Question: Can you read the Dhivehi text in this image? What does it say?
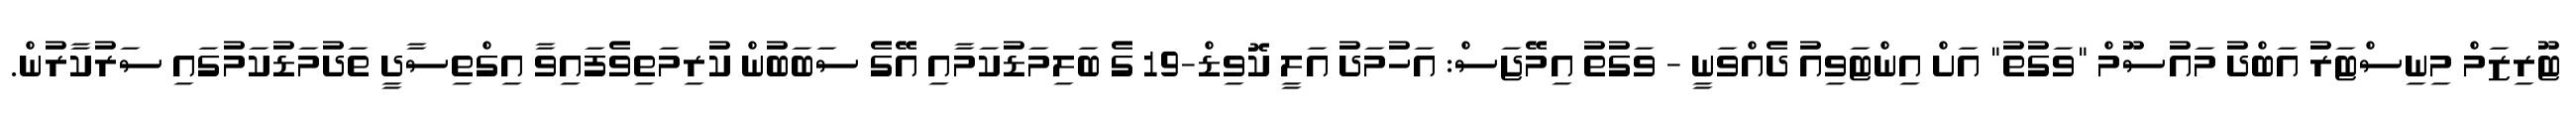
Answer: ޓޫރިޒަމް މިނިސްޓަރު އަބްދު މައުސޫމް "ވަގުތު" އަށް އިންޓަވިއު ދެއްވަނީ - ވަގުތު އިމޭޖަސް: އަހުމަދު އަލީ ކޮވިޑް-19 ގެ ބަލިމަޑުކަމާއި އޭގެ ސަބަބުން ކުރިމަތިވެފައިވާ އިގްތިސާދީ ތަދުމަޑުކަމުގައި ސަރުކާރުން.